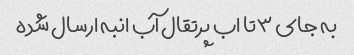
به جای ٣تا اب پرتقال آب انبه ارسال شده